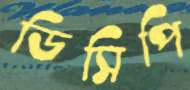
ডিসিপি